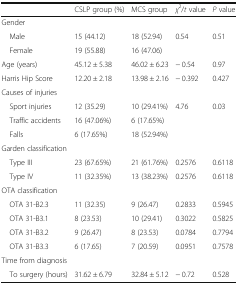
|  | CSLP group (%) | MCS group | χ2/t value | P value |
 | --- | --- | --- | --- | --- |
 | <COLSPAN=5> Gender |
 | Male | 15 (44.12) | 18 (52.94) | 0.54 | 0.51 |
 | Female | 19 (55.88) | 16 (47.06) |  |  |
 | Age (years) | 45.12 ± 5.38 | 46.02 ± 6.23 | − 0.54 | 0.97 |
 | Harris Hip Score | 12.20 ± 2.18 | 13.98 ± 2.16 | − 0.392 | 0.427 |
 | <COLSPAN=5> Causes of injuries |
 | Sport injuries | 12 (35.29) | 10 (29.41%) | 4.76 | 0.03 |
 | Traffic accidents | 16 (47.06%) | 6 (17.65%) |  |  |
 | Falls | 6 (17.65%) | 18 (52.94%) |  |  |
 | <COLSPAN=5> Garden classification |
 | Type III | 23 (67.65%) | 21 (61.76%) | 0.2576 | 0.6118 |
 | Type IV | 11 (32.35%) | 13 (38.23%) | 0.2576 | 0.6118 |
 | <COLSPAN=5> OTA classification |
 | OTA 31-B2.3 | 11 (32.35) | 9 (26.47) | 0.2833 | 0.5945 |
 | OTA 31-B3.1 | 8 (23.53) | 10 (29.41) | 0.3022 | 0.5825 |
 | OTA 31-B3.2 | 9 (26.47) | 8 (23.53) | 0.0784 | 0.7794 |
 | OTA 31-B3.3 | 6 (17.65) | 7 (20.59) | 0.0951 | 0.7578 |
 | <COLSPAN=5> Time from diagnosis |
 | To surgery (hours) | 31.62 ± 6.79 | 32.84 ± 5.12 | − 0.72 | 0.528 |